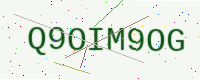
Text: Q9OIM9OG